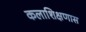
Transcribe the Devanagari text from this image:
कलाशिक्षणास